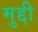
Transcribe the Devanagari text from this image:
मुद्दी